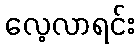
လေ့လာရင်း